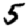
Digit: 5